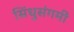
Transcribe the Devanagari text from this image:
सिंधुसंगमीं